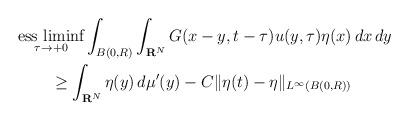
LaTeX: \begin{align*} & \underset{\tau\to+0}{\mbox{{\rm ess liminf}}}\int_{B(0,R)}\int_{{\bf R}^N}G(x-y,t-\tau)u(y,\tau)\eta(x)\,dx\,dy\\ & \qquad\ge\int_{{\bf R}^N}\eta(y)\,d\mu'(y)-C\|\eta(t)-\eta\|_{L^\infty(B(0,R))}\end{align*}